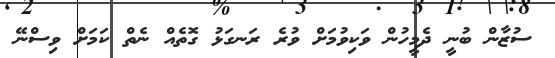
ސުޒާން ބުނީ ދެމީހުން ވަކިވުމަށް ވުރެ ރަނގަޅު ގޮތެއް ނެތް ކަމަށް ވިސްނޭ